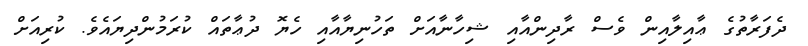
ދެފަރާތުގެ ޢާއިލާއިން ވެސް ރާދިންއާއި ޝިހާނާއަށް ތަހުނިޔާއާއި ހެޔޮ ދުޢާތައް ކުރަމުންދިޔައެވެ. ކުރިއަށް